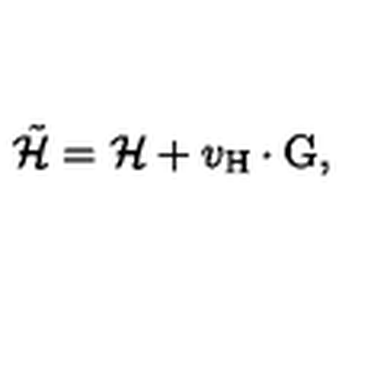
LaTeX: \tilde { \cal H } = { \cal H } + v _ { \mathrm { H } } \cdot \mathrm { G } ,